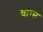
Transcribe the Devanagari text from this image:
चांग्स